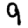
Digit: 9